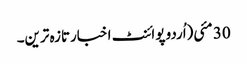
30 مئی(اُردو پوائنٹ اخبارتازہ ترین۔